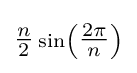
\scriptstyle {\tfrac {n}{2}}\sin \left({\tfrac {2\pi }{n}}\right)